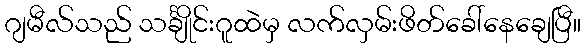
ဂျမီလ်သည် သင်္ချိုင်းဂူထဲမှ လက်လှမ်းဖိတ်ခေါ်နေချေပြီ။